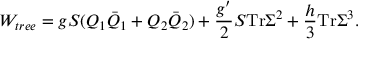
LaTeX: W _ { t r e e } = g S ( Q _ { 1 } \bar { Q } _ { 1 } + Q _ { 2 } \bar { Q } _ { 2 } ) + { \frac { g ^ { \prime } } { 2 } } S \mathrm { T r } \Sigma ^ { 2 } + { \frac { h } { 3 } } \mathrm { T r } \Sigma ^ { 3 } .